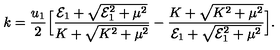
k = { \frac { u _ { 1 } } { 2 } } \Big [ { \frac { { \cal E } _ { 1 } + \sqrt { { \cal E } _ { 1 } ^ { 2 } + \mu ^ { 2 } } } { K + \sqrt { K ^ { 2 } + \mu ^ { 2 } } } } - { \frac { K + \sqrt { K ^ { 2 } + \mu ^ { 2 } } } { { \cal E } _ { 1 } + \sqrt { { \cal E } _ { 1 } ^ { 2 } + \mu ^ { 2 } } } } \Big ] .